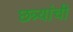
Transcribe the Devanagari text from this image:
छत्र्यांची